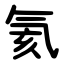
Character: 氦